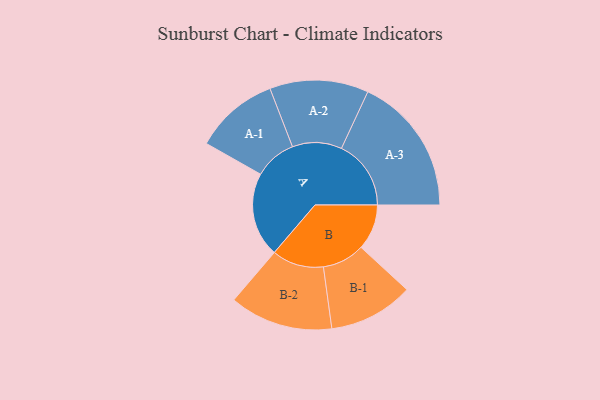
{"axis": {"x": "Segment", "y": "Value"}, "legend": ["", "A", "B"], "data": [{"x": "A", "y": 289, "type": ""}, {"x": "B", "y": 156, "type": ""}, {"x": "A-1", "y": 144, "type": "A"}, {"x": "A-2", "y": 169, "type": "A"}, {"x": "A-3", "y": 238, "type": "A"}, {"x": "B-1", "y": 145, "type": "B"}, {"x": "B-2", "y": 177, "type": "B"}]}